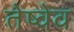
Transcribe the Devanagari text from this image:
तेष्वेव